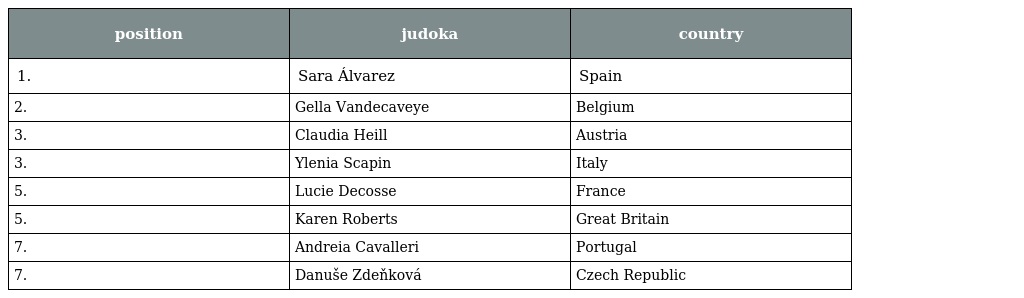
| position | judoka | country |
 | --- | --- | --- |
 | 1. | Sara Álvarez | Spain |
 | 2. | Gella Vandecaveye | Belgium |
 | 3. | Claudia Heill | Austria |
 | 3. | Ylenia Scapin | Italy |
 | 5. | Lucie Decosse | France |
 | 5. | Karen Roberts | Great Britain |
 | 7. | Andreia Cavalleri | Portugal |
 | 7. | Danuše Zdeňková | Czech Republic |